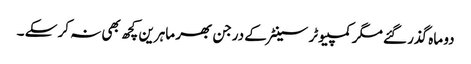
دو ماہ گذر گئے مگر کمپیوٹر سینٹر کے درجن بھر ماہرین کچھ بھی نہ کر سکے ۔